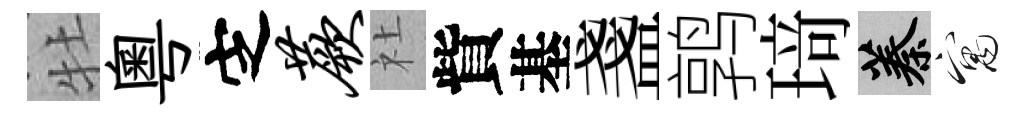
牡粵㝎蕨社貲基盞鹑𤦺蓁寓